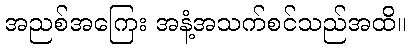
အညစ်အကြေး အနံ့အသက်စင်သည်အထိ။